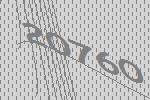
20760